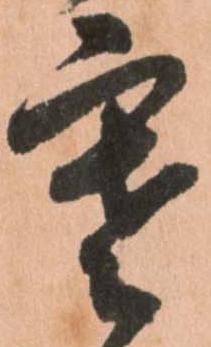
寒